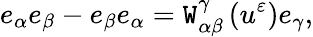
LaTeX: e_{\alpha}e_{\beta}-e_{\beta}e_{\alpha}=\mathtt{W}_{\alpha\beta}^{\gamma}\left(u^{\varepsilon}\right)e_{\gamma},